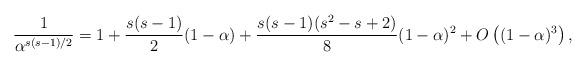
LaTeX: \begin{align*}\frac{1}{\alpha^{s(s-1)/2}}=1+\frac{s(s-1)}{2}(1-\alpha)+\frac{s(s-1)(s^2-s+2)}{8}(1-\alpha)^2+O\left((1-\alpha)^3\right),\end{align*}